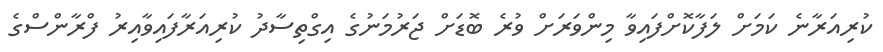
ކުރިއަރާނެ ކަމަށް ލަފާކޮށްފައިވާ މިންވަރަށް ވުރެ ބޮޑަށް ޖަރުމަނުގެ އިގްތިސާދު ކުރިއަރާފައިވާއިރު ފްރާންސްގެ